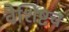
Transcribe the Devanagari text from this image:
वैशिष्टच